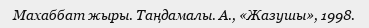
Махаббат жыры. Таңдамалы. А., «Жазушы», 1998.